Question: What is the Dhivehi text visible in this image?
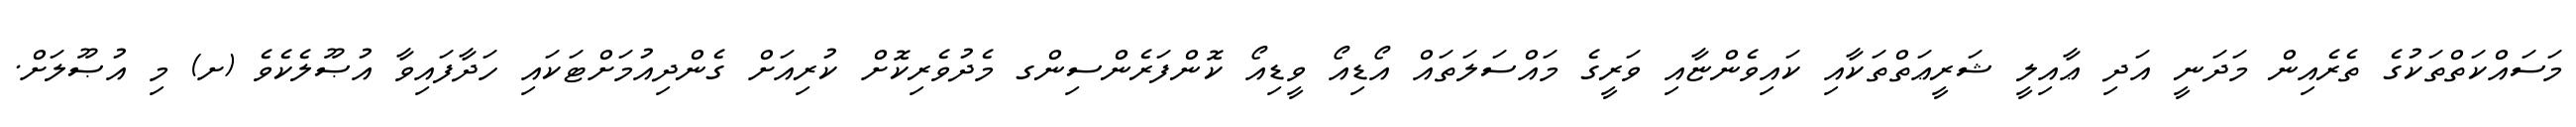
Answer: މަސައްކަތްތަކުގެ ތެރެއިން މަދަނީ އަދި ޢާއިލީ ޝަރީޢަތްތަކާއި ކައިވެންޏާއި ވަރީގެ މައްސަލަތައް އޯޑިއޯ ވީޑިއޯ ކޮންފަރެންސިންގ މެދުވެރިކޮށް ކުރިއަށް ގެންދިއުމަށްޓަކައި ހަދާފައިވާ އުޞޫލެކެވެ (ށ) މި އުޞޫލަށް.